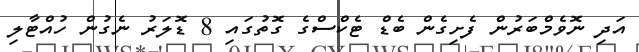
އަދި ނޮވެމްބަރުން ފެށިގެން ބެޑް ޓެކްސްގެ ގޮތުގައި 8 ޑޮލަރު ނެގުން ހުއްޓާލި